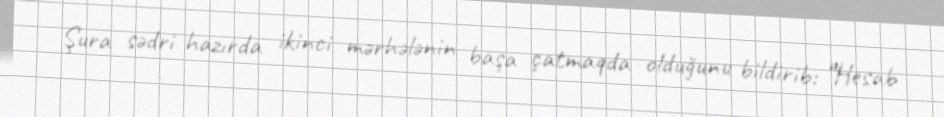
Şura sədri hazırda ikinci mərhələnin başa çatmaqda olduğunu bildirib: “Hesab